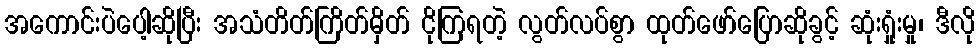
အကောင်းပဲပေါ့ဆိုပြီး အသံတိတ်ကြိတ်မှိတ် ငိုကြရတဲ့ လွတ်လပ်စွာ ထုတ်ဖော်ပြောဆိုခွင့် ဆုံးရှုံးမှု၊ ဒီလို